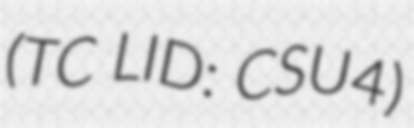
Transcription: (TC LID: CSU4)